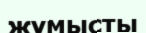
жүмысты